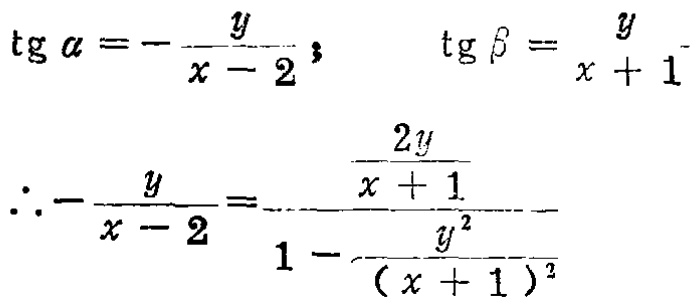
\[\begin{align*}
\operatorname{tg}\alpha&=-\frac{y}{x - 2}；&\operatorname{tg}\beta&=\frac{y}{x + 1}\\
\therefore-\frac{y}{x - 2}&=\frac{\frac{2y}{x + 1}}{1-\frac{y^{2}}{(x + 1)^{2}}}
\end{align*}\]